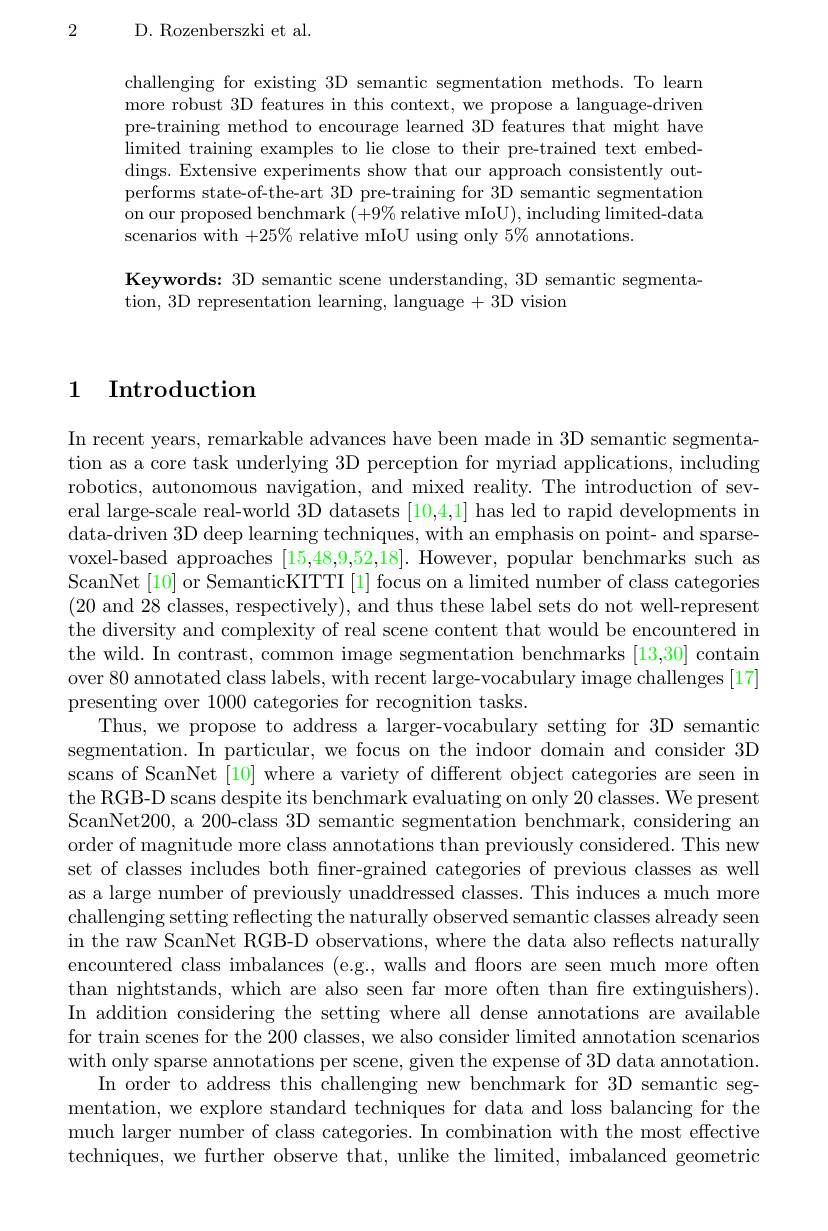
2

D. Rozenberszki et al.

challenging for existing 3D semantic segmentation methods. To learn more robust 3D features in this context, we propose a language-driven pre-training method to encourage learned 3D features that might have limited training examples to lie close to their pre-trained text embeddings. Extensive experiments show that our approach consistently outperforms state-of-the-art 3D pre-training for 3D semantic segmentation on our proposed benchmark $(+9\%$ relative mIoU), including limited-data scenarios with $+25\%$ relative mIoU using only $5\%$ annotations.

Keywords: 3D semantic scene understanding, 3D semantic segmenta-
tion, 3D representation learning, language +3D vision

1 Introduction

In recent years, remarkable advances have been made in 3D semantic segmentation as a core task underlying 3D perception for myriad applications, including robotics, autonomous navigation, and mixed reality. The introduction of several large-scale real-world 3D datasets [10,4,1] has led to rapid developments in data-driven 3D deep learning techniques, with an emphasis on point- and sparsevoxel-based approaches [15,48,9,52,18]. However, popular benchmarks such as ScanNet [10] or SemanticKITTI [1] focus on a limited number of class categories (20 and 28 classes, respectively), and thus these label sets do not well-represent the diversity and complexity of real scene content that would be encountered in the wild. In contrast, common image segmentation benchmarks [13,30] contain over 80 annotated class labels, with recent large-vocabulary image challenges [17] presenting over 1000 categories for recognition tasks.
Thus, we propose to address a larger-vocabulary setting for 3D semantic segmentation. In particular, we focus on the indoor domain and consider 3D scans of ScanNet [10] where a variety of different object categories are seen in the RGB-D scans despite its benchmark evaluating on only 20 classes. We present ScanNet200, a 200-class 3D semantic segmentation benchmark, considering an order of magnitude more class annotations than previously considered. This new set of classes includes both finer-grained categories of previous classes as well as a large number of previously unaddressed classes. This induces a much more challenging setting reflecting the naturally observed semantic classes already seen in the raw ScanNet RGB-D observations, where the data also reflects naturally encountered class imbalances (e.g., walls and floors are seen much more often than nightstands, which are also seen far more often than fre extinguishers). In addition considering the setting where all dense annotations are available for train scenes for the 200 classes, we also consider limited annotation scenarios with only sparse annotations per scene, given the expense of 3D data annotation.
In order to address this challenging new benchmark for 3D semantic segmentation, we explore standard techniques for data and loss balancing for the much larger number of class categories. In combination with the most effective techniques, we further observe that, unlike the limited, imbalanced geometric